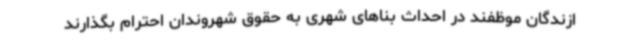
ازندگان موظفند در احداث بناهای شهری به حقوق شهروندان احترام بگذارند